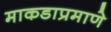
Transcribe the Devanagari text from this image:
माकडाप्रमाणे